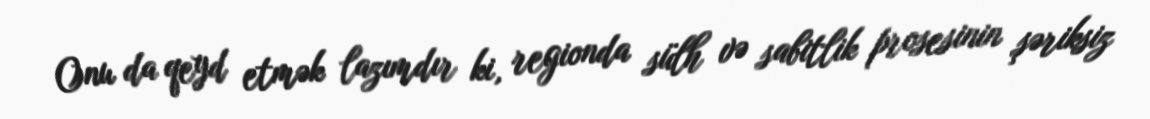
Onu da qeyd etmək lazımdır ki, regionda sülh və sabitlik prosesinin şəriksiz